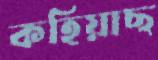
কহিয়াছ